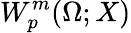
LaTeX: W_{p}^{m}(\Omega;X)